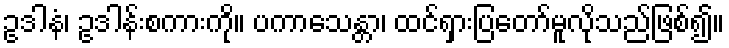
ဥဒါနံ၊ ဥဒါန်းစကားကို။ ပကာသေန္တာ၊ ထင်ရှားပြတော်မူလိုသည်ဖြစ်၍။